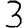
Digit: 3